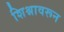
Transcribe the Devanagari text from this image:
शिश्नावरून